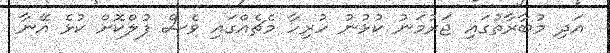
އަދި މުބާރާތުގައި ޖަރުމަނު ކުޅުނު ހުރިހާ މެޗެއްގައި ވެސް ފުލްކޮށް ކުޅެ އޭނާ